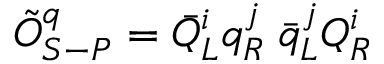
\tilde { \cal O } _ { S - P } ^ { q } = { \bar { Q } } _ { L } ^ { i } q _ { R } ^ { j } \; { \bar { q } } _ { L } ^ { j } Q _ { R } ^ { i }